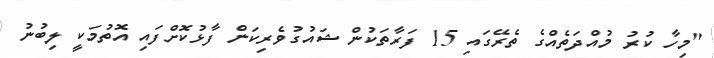
"މިހާ ކުރު މުއްދަތެއްގެ ތެރޭގައި 15 ފަރާތަކުން ޝައުގުވެރިކަން ފާޅުކޮށްފައި އޮތުމަކީ ލިބުނު